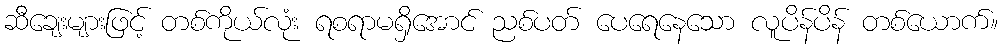
ဆီချေးများဖြင့် တစ်ကိုယ်လုံး ရစရာမရှိအောင် ညစ်ပတ် ပေရေနေသော လူပိန်ပိန် တစ်ယောက်။